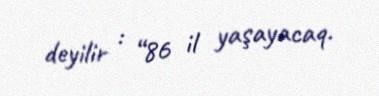
deyilir : “86 il yaşayacaq.